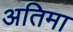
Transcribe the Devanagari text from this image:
अतिमा